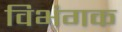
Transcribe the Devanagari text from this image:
विभंगक